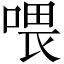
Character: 喂